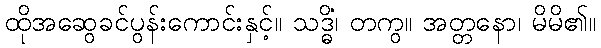
ထိုအဆွေခင်ပွန်းကောင်းနှင့်။ သဒ္ဓိံ၊ တကွ။ အတ္တနော၊ မိမိ၏။